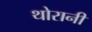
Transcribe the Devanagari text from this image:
थोरानी